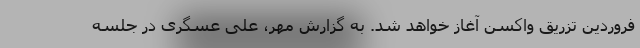
فروردین تزریق واکسن آغاز خواهد شد. به گزارش مهر، علی عسگری در جلسه